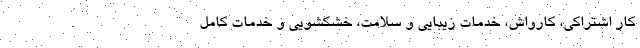
کار اشتراکی، ‌کارواش، ‌خدمات زیبایی و سلامت، خشکشویی و خدمات کامل